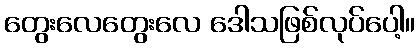
တွေးလေတွေးလေ ဒေါသဖြစ်လုပ်ပေါ့။